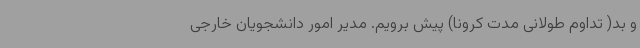
و بد( تداوم طولانی مدت کرونا) پیش برویم. مدیر امور دانشجویان خارجی